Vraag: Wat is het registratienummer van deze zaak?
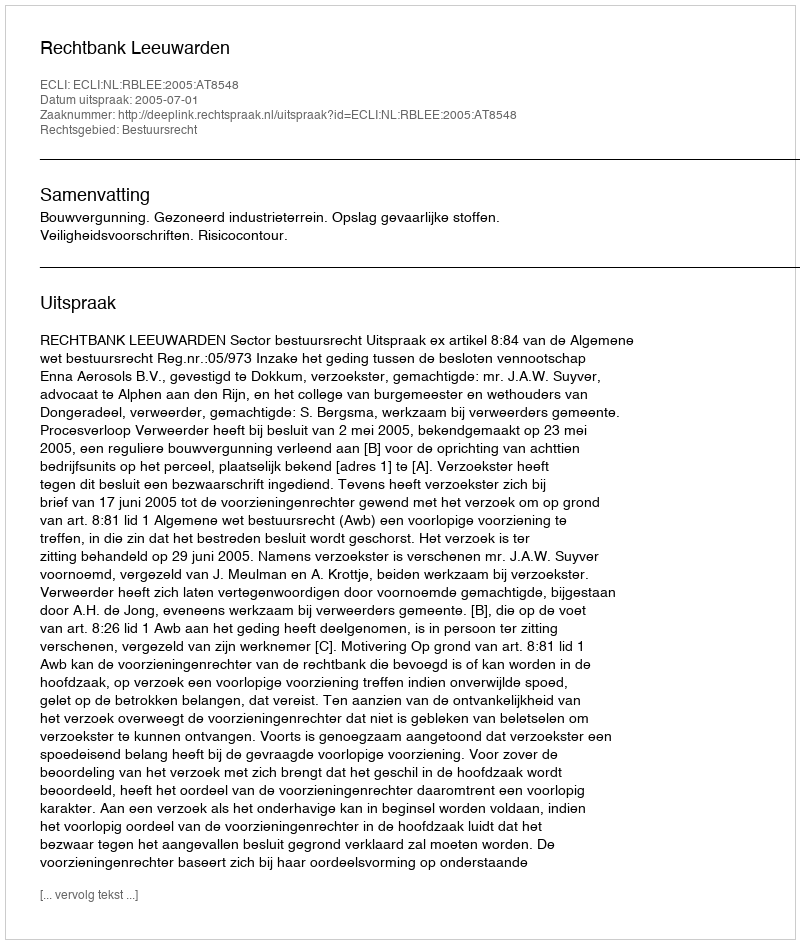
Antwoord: http://deeplink.rechtspraak.nl/uitspraak?id=ECLI:NL:RBLEE:2005:AT8548